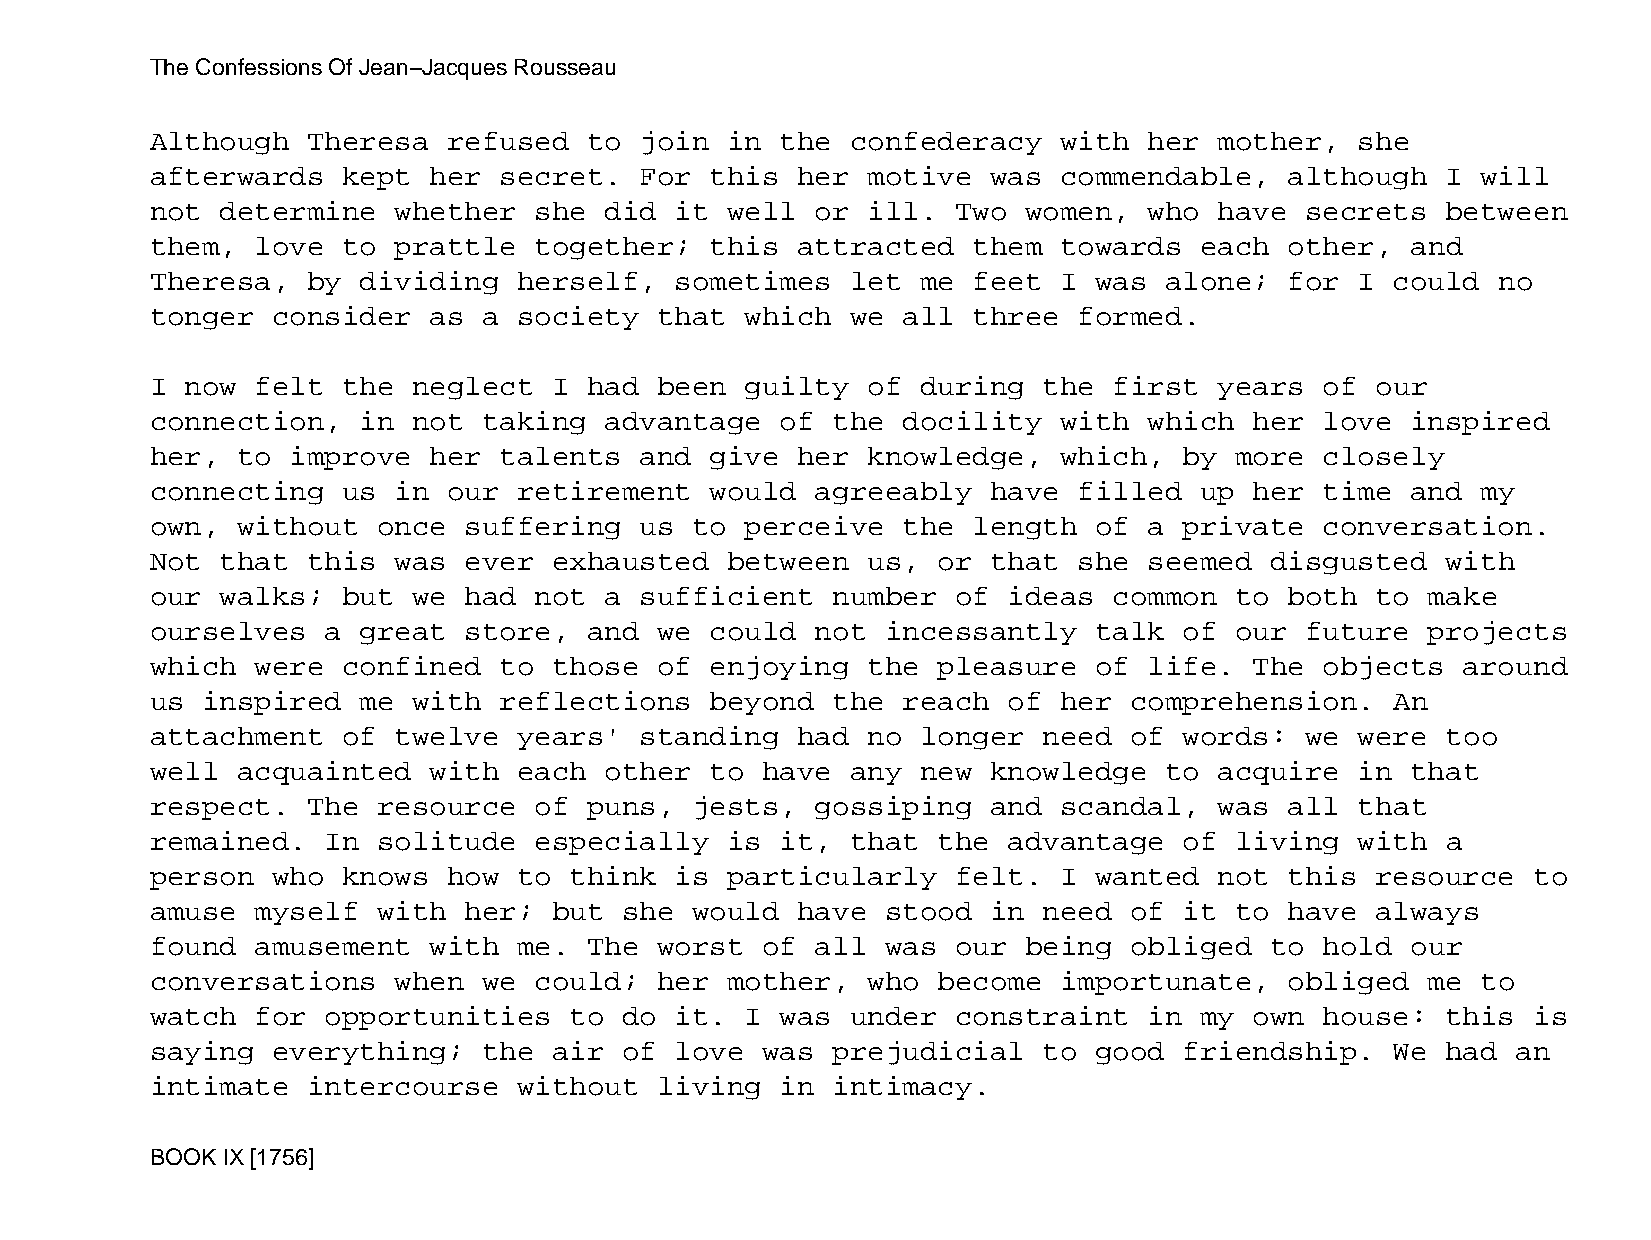
The Confessions Of Jean−Jacques Rousseau
 Although  Theresa   refused  to join  in  the confederacy   with  her  mother,  she
 afterwards   kept her  secret.  For  this  her motive   was commendable,   although   I will
 not  determine  whether  she  did  it well  or ill.  Two  women,  who  have secrets   between
 them,  love  to prattle  together;   this  attracted  them  towards  each  other,  and
 Theresa,  by  dividing  herself,   sometimes  let  me feet  I was  alone;  for  I could  no
 tonger  consider  as  a society   that which  we  all three  formed.
 I now  felt  the neglect   I had  been guilty  of  during  the  first  years  of our
 connection,   in not  taking  advantage   of the  docility  with  which  her  love inspired
 her,  to improve  her  talents  and  give  her knowledge,   which,  by  more  closely
 connecting   us in  our retirement   would  agreeably   have filled  up  her  time and  my
 own,  without  once  suffering  us  to perceive   the length  of  a private   conversation.
 Not  that this  was  ever  exhausted  between  us,  or  that she  seemed  disgusted   with
 our  walks;  but we  had not  a sufficient   number  of  ideas  common  to both  to  make
 ourselves   a great  store,  and  we could  not  incessantly  talk  of  our future   projects
 which  were  confined  to  those  of enjoying  the  pleasure  of  life.  The  objects  around
 us inspired   me with  reflections   beyond  the  reach  of her  comprehension.   An
 attachment   of twelve  years'  standing   had no  longer  need  of words:  we  were  too
 well  acquainted  with  each  other  to have  any  new  knowledge  to  acquire  in that
 respect.  The  resource  of  puns,  jests,  gossiping   and scandal,   was all  that
 remained.   In solitude  especially   is  it, that  the  advantage  of  living  with  a
 person  who  knows  how to  think  is particularly   felt.  I wanted   not this  resource  to
 amuse  myself  with  her;  but she  would  have  stood  in need  of it  to have  always
 found  amusement  with  me.  The  worst of  all  was our  being  obliged  to  hold our
 conversations   when  we could;   her mother,  who  become  importunate,   obliged   me to
 watch  for  opportunities   to do  it. I  was under  constraint   in my  own  house:  this is
 saying  everything;   the  air of  love was  prejudicial   to good  friendship.   We  had an
 intimate  intercourse   without   living  in intimacy.
 BOOK IX [1756]